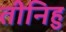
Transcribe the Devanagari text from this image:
तीनिहु